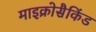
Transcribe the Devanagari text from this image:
माइक्रोसैकिंड